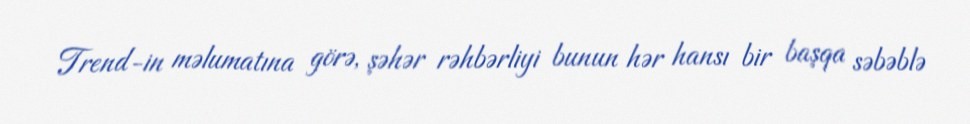
Trend-in məlumatına görə, şəhər rəhbərliyi bunun hər hansı bir başqa səbəblə